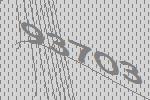
93703